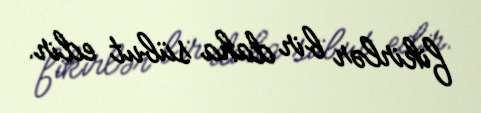
fikirlər bir daha sübut edir.